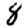
Digit: 8